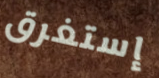
إستغرق